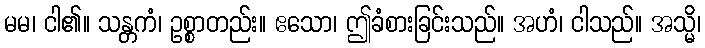
မမ၊ ငါ၏။ သန္တကံ၊ ဥစ္စာတည်း။ ဧသော၊ ဤခံစားခြင်းသည်။ အဟံ၊ ငါသည်။ အသ္မိ၊